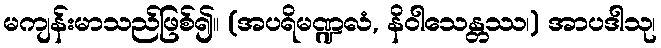
မကျန်းမာသည်ဖြစ်၍။ (အပရိမဏ္ဍလံ, နိဝါသေန္တဿ၊) အာပဒါသု၊